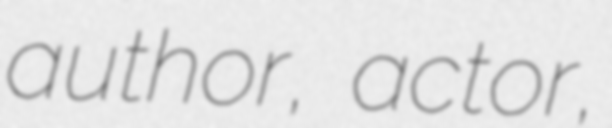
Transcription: author, actor,